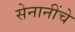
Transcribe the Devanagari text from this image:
सेनानींचे